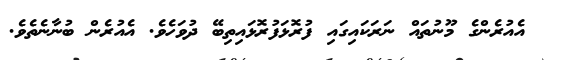
އެއުރެންގެ މޫނުތައް ނަރަކައިގައި ފުރޮޅަފުރޮޅައިތިބޭ ދުވަހެވެ. އެއުރެން ބުނާނެތެވެ.